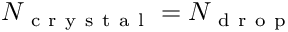
N _ { \mathrm { ~ c ~ r ~ y ~ s ~ t ~ a ~ l ~ } } = N _ { \mathrm { ~ d ~ r ~ o ~ p ~ } }